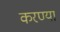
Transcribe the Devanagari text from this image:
करण्या